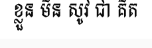
ខ្លួន មិន សូវ ជា គិត